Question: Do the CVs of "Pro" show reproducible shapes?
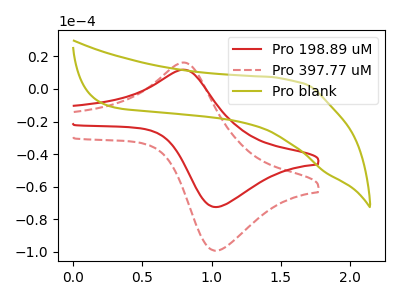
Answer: <think>The red curve "Pro 198.89 uM" has an anodic peak at (0.80V, 11.80uA) and a cathodic peak at (1.05V, -72.50uA). The red dashed curve "Pro 397.77 uM" has an anodic peak at (0.80V, 16.15uA) and a cathodic peak at (1.05V, -99.30uA). The olive curve "Pro blank" has no peaks.
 All the peaks in "Pro 198.89 uM" have a peak in "Pro 397.77 uM" at the same potential. Every peak in "Pro 198.89 uM" is lower than every peak in "Pro 397.77 uM". "Pro 198.89 uM" and "Pro blank" have a different number of peaks. "Pro 397.77 uM" and "Pro blank" have a different number of peaks.</think>
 <answer>All the CV's of "Pro" have similar shape.</answer>
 <eval>follow_rule</eval>